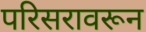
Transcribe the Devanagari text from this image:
परिसरावरून